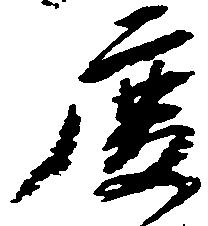
慶